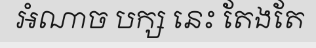
អំណាច បក្ស នេះ តែងតែ